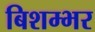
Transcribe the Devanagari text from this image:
बिशम्भर